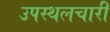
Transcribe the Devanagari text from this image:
उपस्थलचारी